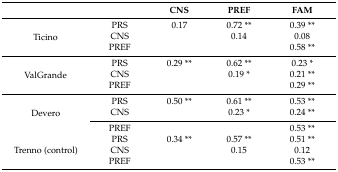
| <COLSPAN=2>  | CNS | PREF | FAM |
 | --- | --- | --- | --- | --- |
 | <ROWSPAN=3> Ticino | PRS | 0.17 | 0.72 ** | 0.39 ** |
 | CNS |  | 0.14 | 0.08 |
 | PREF |  |  | 0.58 ** |
 | <ROWSPAN=3> ValGrande | PRS | 0.29 ** | 0.62 ** | 0.23 * |
 | CNS |  | 0.19 * | 0.21 ** |
 | PREF |  |  | 0.29 ** |
 | <ROWSPAN=3> Devero | PRS | 0.50 ** | 0.61 ** | 0.53 ** |
 | CNS |  | 0.23 * | 0.24 ** |
 | PREF |  |  | 0.53 ** |
 | <ROWSPAN=3> Trenno (control) | PRS | 0.34 ** | 0.57 ** | 0.51 ** |
 | CNS |  | 0.15 | 0.12 |
 | PREF |  |  | 0.53 ** |